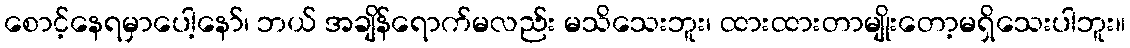
စောင့်နေရမှာပေါ့နော်၊ ဘယ် အချိန်ရောက်မလည်း မသိသေးဘူး၊ ထားထားတာမျိုးတော့မရှိသေးပါဘူး။